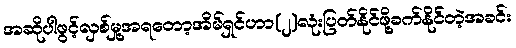
အဆိုပါဖွင့်လှစ်မှု့အရတော့အိမ်ရှင်ဟာ(၂)လုံးပြတ်နိုင်ဖို့ခက်နိုင်တဲ့အခင်း